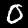
Digit: 0